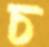
চ